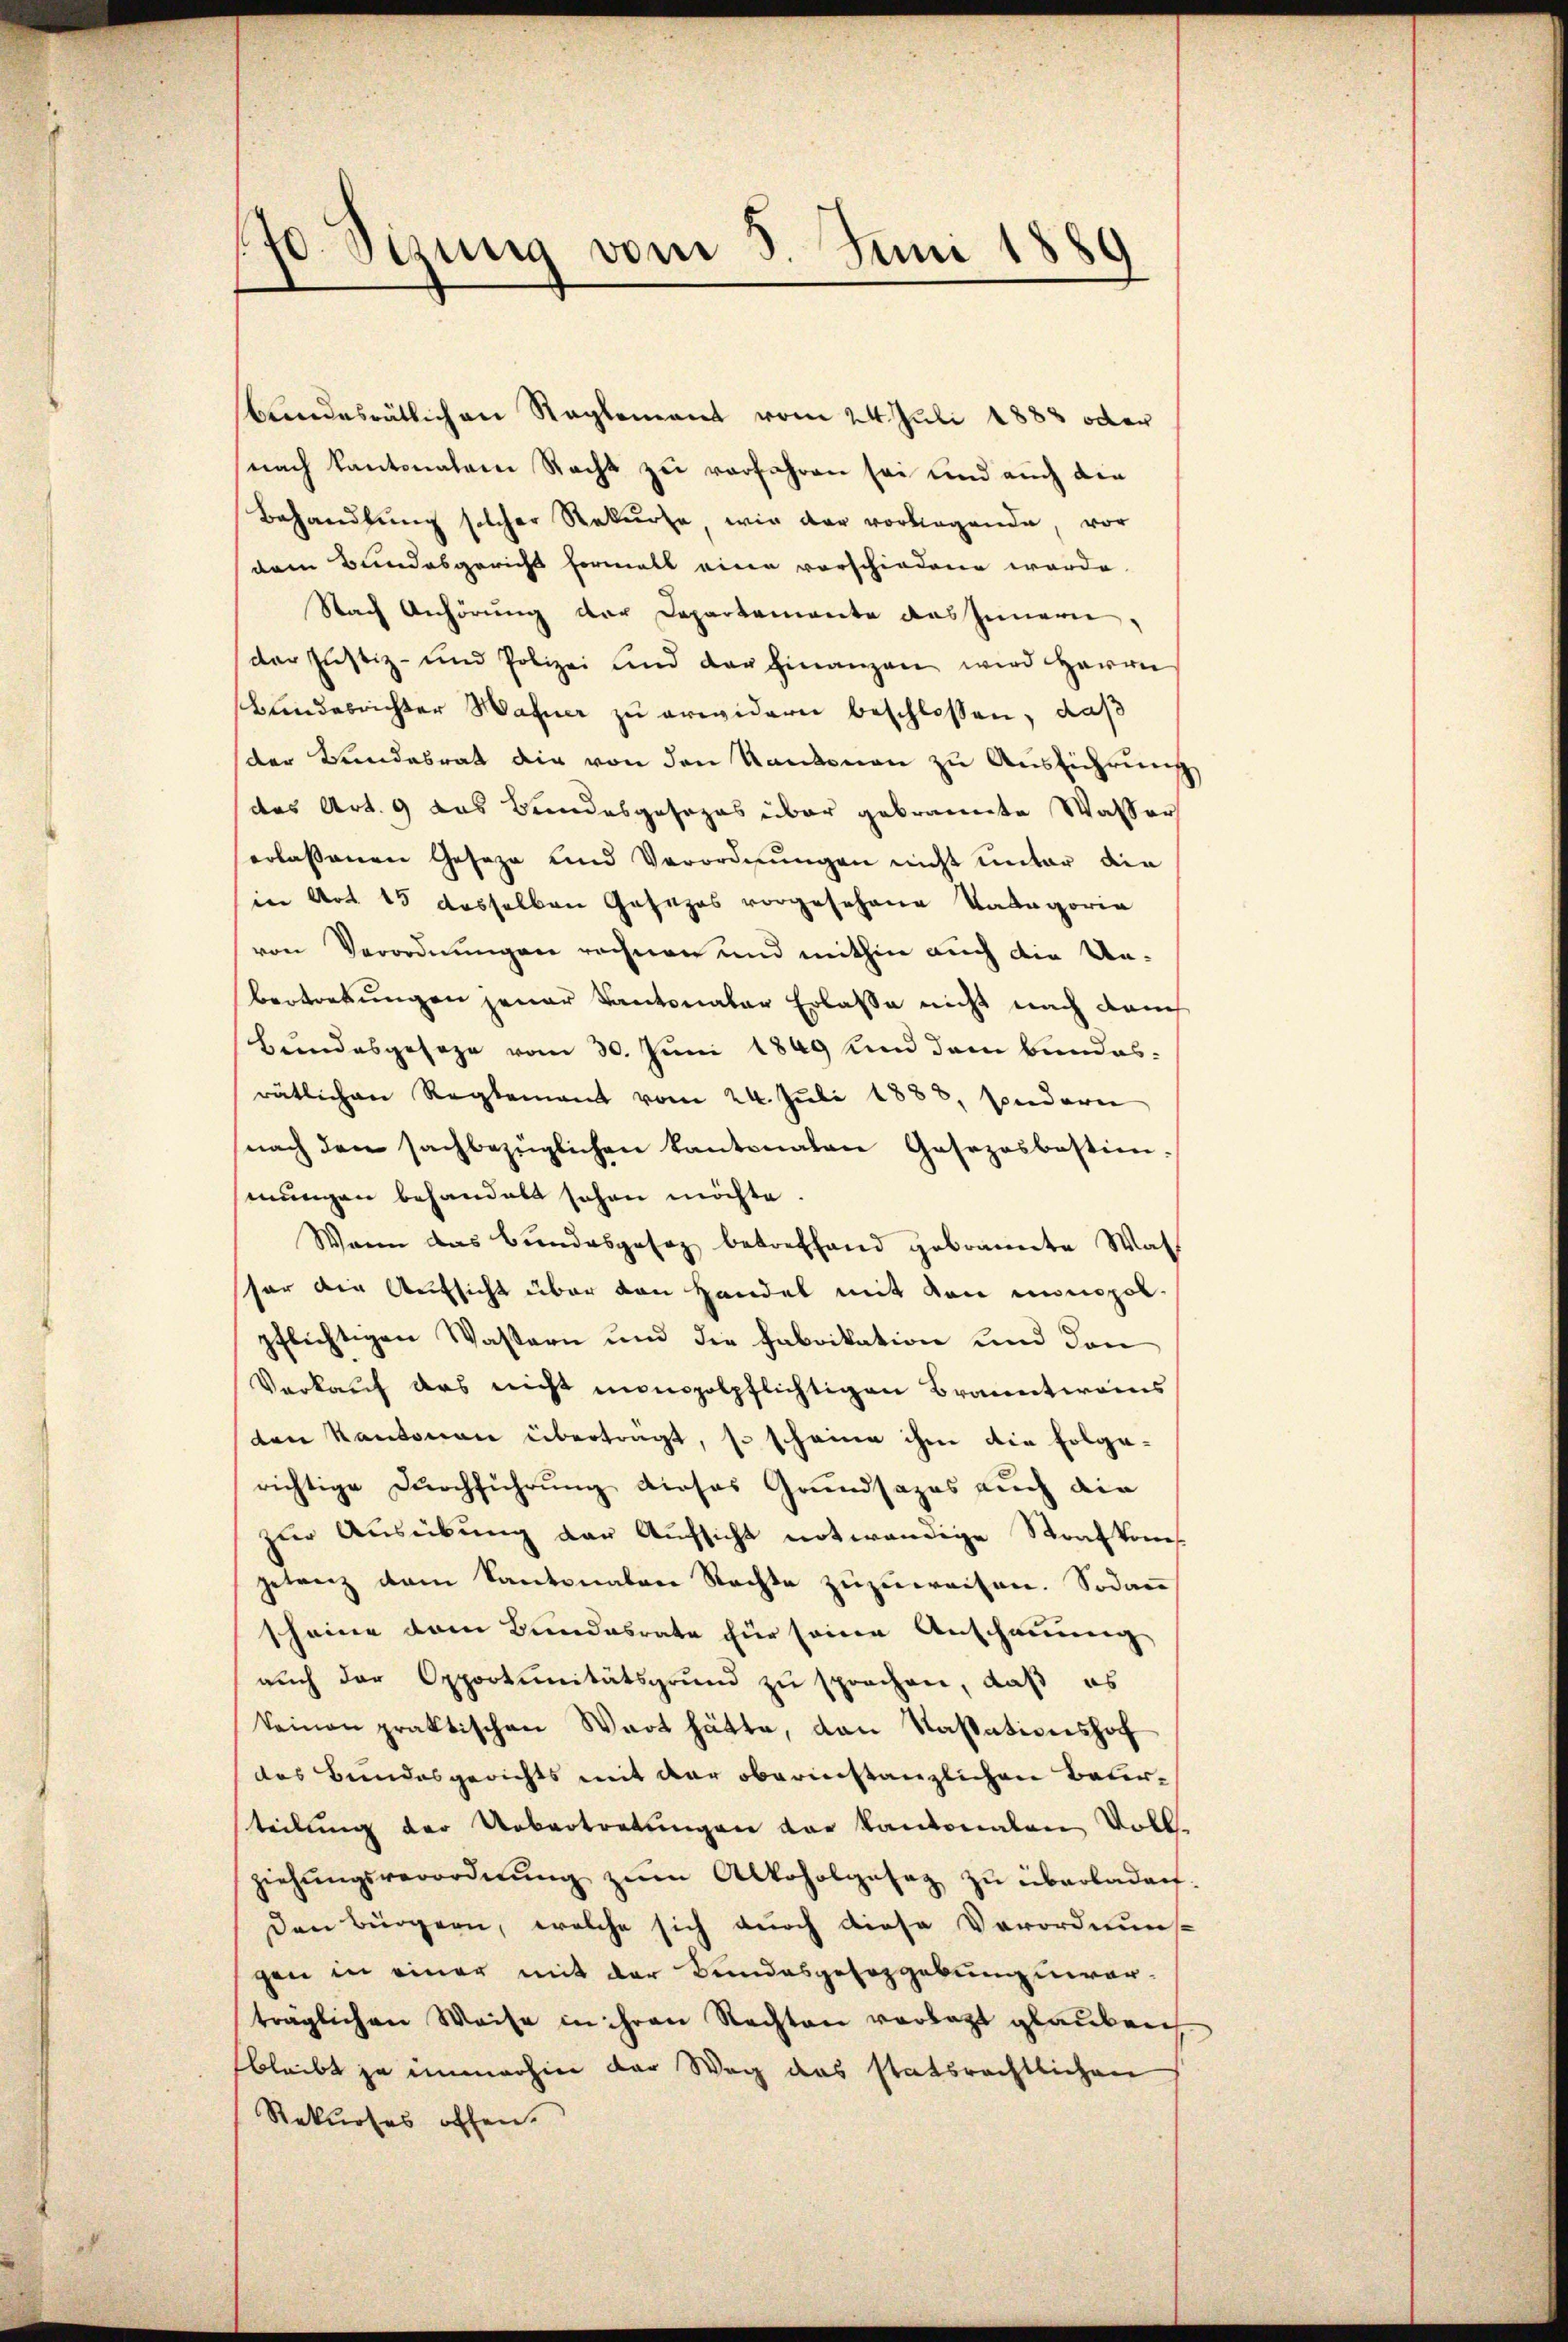
170. Sizung vom 5. Juni 1889

bundesrätlichen Reglement vom 24. Juli 1883 oder
(nach kantonalem Nacht zu verfahren sei und auch die
Behandlung solcher Rekurse wir der vorliegende, vor
dem Bundesgericht formals eine vorschiedene werde
Nach Anhörung der Departemente das Innern,
der Justiz- und Polizei und der Finanzen wird Herrn
Bundesrichter Wahner zu erwidern beschlossen, daß
der Landesrath die von den Kantonen zu Ausführung
das Art. 9 das Bundesgesezes über gebrannte Wasser
erlassenen Geseze und Verordnungen nicht unter die
in Art. 15 dasselben Gesetzes vorgesehene Kategoria
von Verordnungen rechnen und mithin auch die Un-
bertretungen jener Kantonaler Erlasse nicht nach dann
Bundesgesage vom 30. Juni 1849 und dem Bundesrätlichen Reglement vom 24. Juli 1888, Andere
nach den sachbezüglichen Kantonalen Gasozosbestim
mungen behandelt sehen möchte
Wann das Bundesgesez betreffend gebrannte Wal
sor die Aufsicht über den Handel mit den monopolpflichtigen Wassern und die Fabrikation und den
Verkauf das nicht monspolpflichtigen Branntwens
ten Kantonare übertragt, so scheine ihm die Folgerichtige Durchführung dieses Grundsazes auch die
zur Ausübung der Aufsicht notwendige Strafkomgetrach dem Kantonalen Rechte zuzuweisen. Sodann
scheine dem Bundesrate für seine Anschauung
auch der Opportunitätsgrund zu sprechen, daß es
keinen praktischen Wart hätte, den Kassationshof
das Bundesgerichts mit der oberinstanzlichen Belirteilung der Uebertretungen der Kantonalen Vollziehŭngsverordnŭng zŭm Alkoholgesez zŭ überladen.
den bürgern, welche sich durch diese Verordnuns-
gen in einer mit der Bundesgesetzgebung unerträglichen Weise in ihren Rechten verletzt glauben
bleibt ja immerhin der Weg das statsrechtlichen
Rekurses offen.